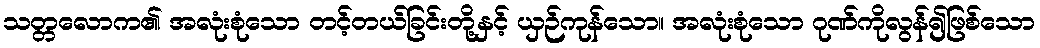
သတ္တလောက၏ အလုံးစုံသော တင့်တယ်ခြင်းတို့နှင့် ယှဉ်ကုန်သော။ အလုံးစုံသော ဂုဏ်ကိုလွန်၍ဖြစ်သော